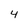
Character: 4